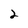
Character: 2